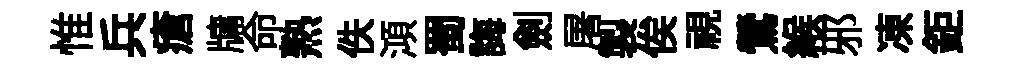
惟兵瘡牗命熟佚澒蜀誨劍屠製俟視鶯緱邪凍鉅